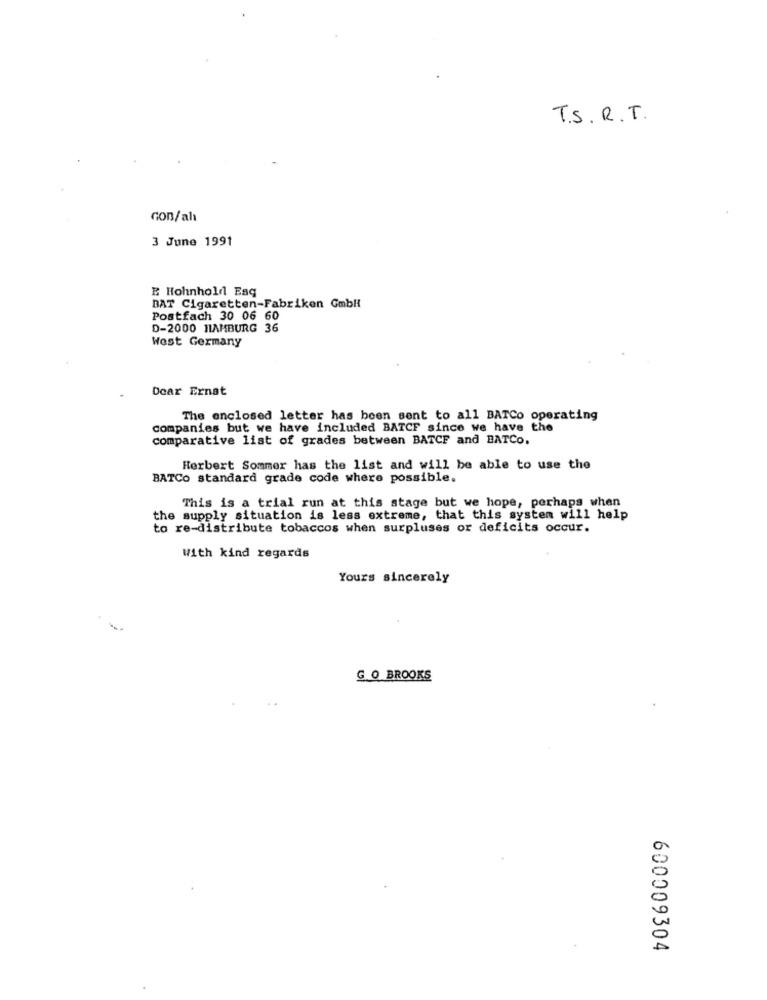
T.S. R.T.
Gon/ah
3 June 1991
E Hohnhold Esq
BAT Cigaretten-Fabriken GmbH
Postfach 30 06 60
D-2000 HAMBURG 36
West Germany
Dear Ernat
The enclosed letter has been sent to all BATCo operating
companies but we have included BATCF since we have the
comparative list of grades between BATCF and BATCO.
Herbert Sommer has the list and will be able to use the
BATCo standard grade code where possible.
This is a trial run at this stage but we hope, perhaps when
the supply situation is less extreme, that this system will help
to re-distribute tobaccos when surpluses or deficits occur.
With kind regards
Yours sincerely
G O BROOKS
600009304